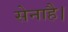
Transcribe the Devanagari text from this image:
सेनाहै।